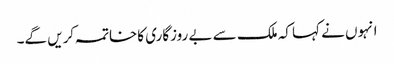
انہوں نے کہا کہ ملک سے بے روزگاری کاخاتمہ کریں گے۔